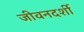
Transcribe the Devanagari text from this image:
जीवनदर्शी